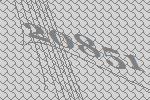
20851